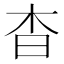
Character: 杳